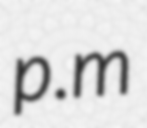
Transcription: p.m